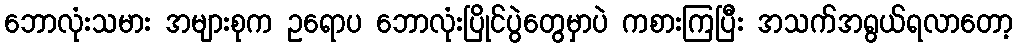
ဘောလုံးသမား အများစုက ဥရောပ ဘောလုံးပြိုင်ပွဲတွေမှာပဲ ကစားကြပြီး အသက်အရွယ်ရလာတော့